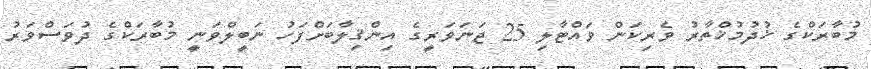
މުބާރަކްގެ ޚުދުމުޚްތާރު ވެރިކަން ވައްޓާލި 25 ޖަނަވަރީގެ އިންޤިލާބަށްފަހު ނަބީލްވަނީ މުބާރަކްގެ ދުވަސްވަރު